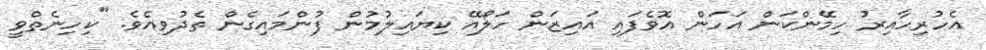
އެހުރިހާއިރު ހިމޭންކަން އަހަން އޮވެފައި އައިޒަން ހަލޯއޭ ކިޔައިލުމުން ފުންމައިގެން ތެދުވިއެވެ. "ކިހިނެތްވީ